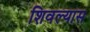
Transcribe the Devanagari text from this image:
शिवल्यास